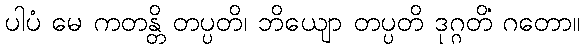
ပါပံ မေ ကတန္တိ တပ္ပတိ၊ ဘိယျော တပ္ပတိ ဒုဂ္ဂတိံ ဂတော။